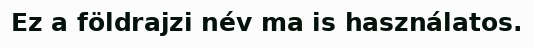
Ez a földrajzi név ma is használatos.